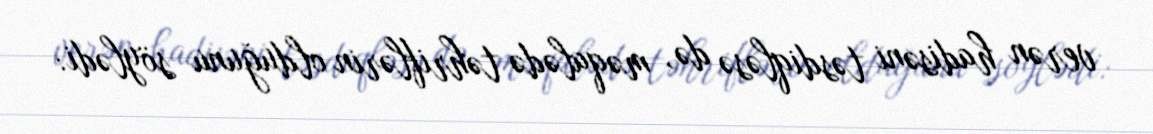
verən hadisəni təsdiqləsə də, məqalədə təhriflərin olduğunu söylədi: